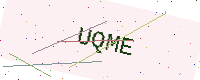
Text: UQME